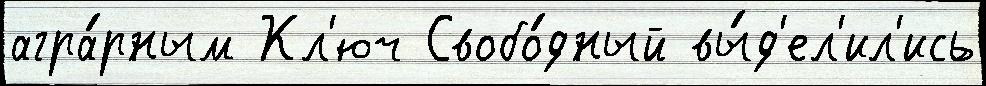
агра́рным Кл'юч Свобо́дный вы́д'ел'ил'ись